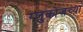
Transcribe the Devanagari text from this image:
ग्लुकोजच्या